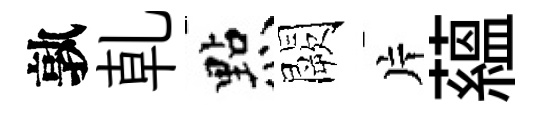
孰乹㸃闕片藴